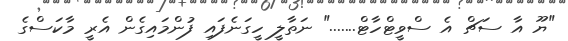
"ޔޫ އާ ސަޗް އެ ސްވީޓްހާޓް......." ނަތާލީ ހީގަނެފައި ފުންމައިގެން އެރީ މާކަސްގެ